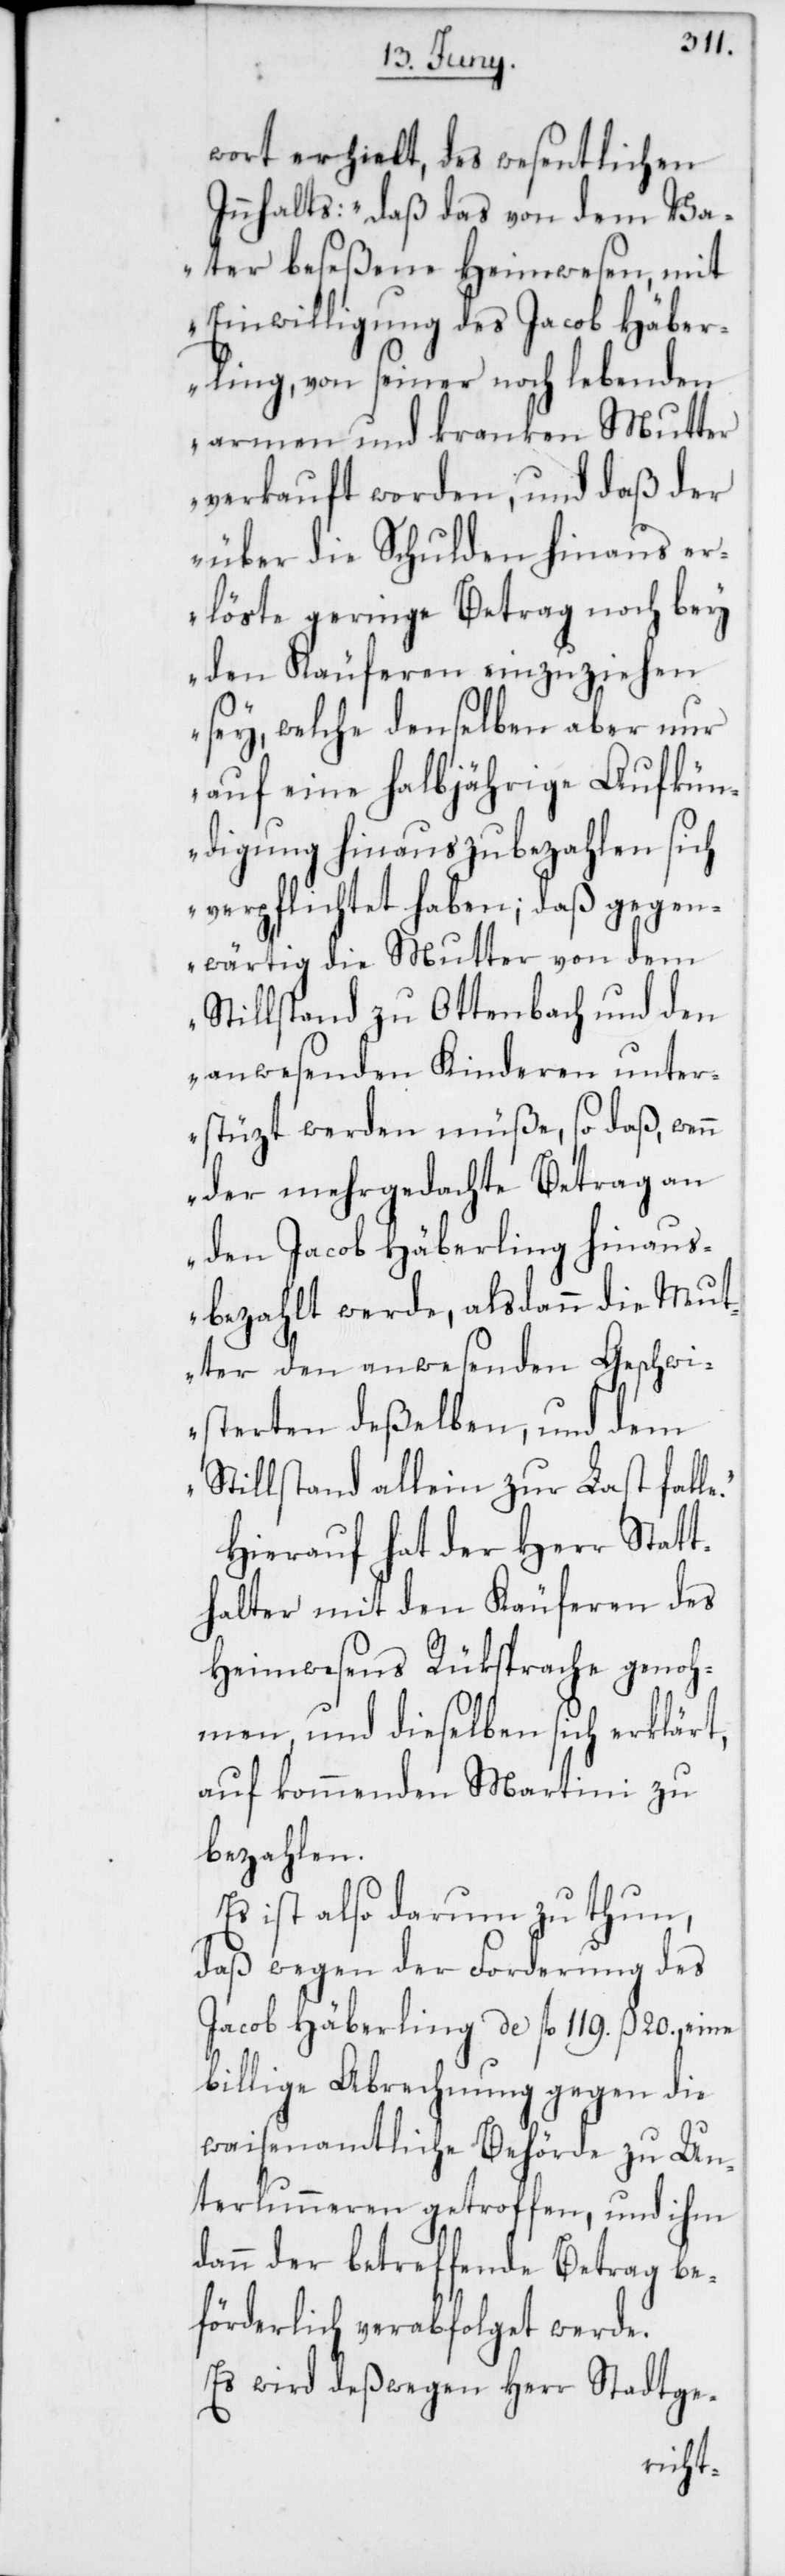
e.“
wort erhielt, des wesentlichen
Innhalts: „daß das von dem Va¬
ter beseßene Heimwesen, mit
Einwilligung des Jacob Häber¬
ling, von seiner noch lebenden
armen und kranken Mutter
verkauft worden, und daß der
über die Schulden hinaus er¬
löste geringe Betrag noch bey
den Käuferen einzuziehen
sey, welche denselben aber nur
auf eine halbjährige Aufkün¬
digung hinaus zu bezahlen sich
verpflichtet haben; daß gegen¬
wärtig die Mutter von dem
Stillstand zu Ottenbach und den
anwesenden Kinderen unter¬
stützt werden müße, so daß, wenn
der mehrgedachte Betrag an
den Jacob Häberling hinaus¬
bezahlt werde, alsdann die Mut¬
ter den anwesenden Geschwi¬
sterten deßelben, und dem
Stillstand allein zur Last fall¬
Hierauf hat der Herr Statt¬
halter mit den Käuferen des
Heimwesens Rücksprache genoh¬
men, und dieselben sich erklärt,
auf kommenden Martini zu
bezahlen.
Es ist also darum zu thun,
daß wegen der Forderung des
Jacob Häberling de fl. 119. ß 20., eine
billige Abrechnung gegen die
waisenamtliche Behörde zu Un¬
terlunneren getroffen, und ihm
dann der betreffende Betrag be¬
förderlich verabfolget werde.
Es wird deßwegen Herr Stadtge-